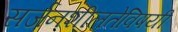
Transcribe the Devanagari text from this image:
सर्जनशीलतेविषयी